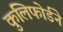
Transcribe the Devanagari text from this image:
कुलिफोर्डने